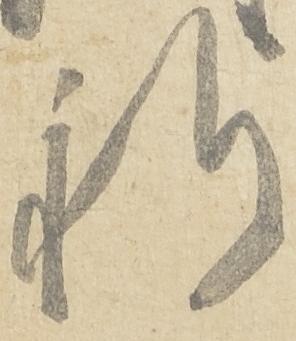
祈